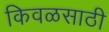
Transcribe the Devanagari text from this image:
किवळसाठी